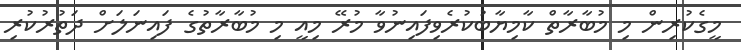
މީގެކުރިން މި މުބާރާތް ކާމިޔާބުކުރެވިފައިނުވާ މުރޭ މިއީ މި މުބާރާތުގެ ފައިނަލަށް ދަތުރުކުރި